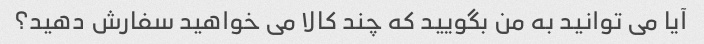
آیا می توانید به من بگویید که چند کالا می خواهید سفارش دهید؟